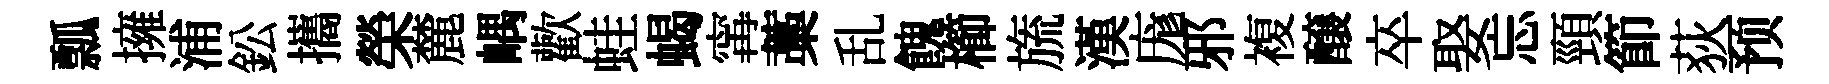
瓢擁浦鈆攜榮麓嵎歡蛙蝎𡩋藁乱餽櫛旒漢庬邪複醸卒娶忘頸節荻预